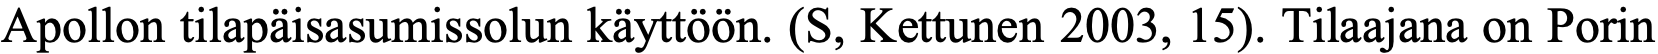
Apollon tilapäisasumissolun käyttöön. (S, Kettunen 2003, 15). Tilaajana on Porin